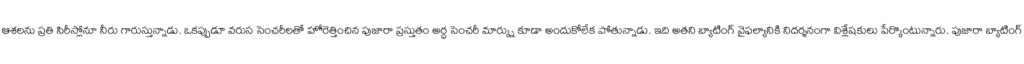
ఆశలను ప్రతి సిరీస్లోనూ నీరు గారుస్తున్నాడు. ఒకప్పుడూ వరుస సెంచరీలతో హోరెత్తించిన పుజారా ప్రస్తుతం అర్ధ సెంచరీ మార్క్ను కూడా అందుకోలేక పోతున్నాడు. ఇది అతని బ్యాటింగ్ వైఫల్యానికి నిదర్శనంగా విశ్లేషకులు పేర్కొంటున్నారు. పుజారా బ్యాటింగ్